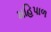
મહિપાળ